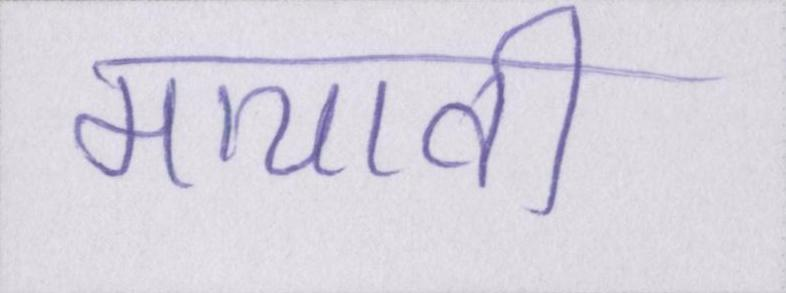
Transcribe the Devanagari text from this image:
मायावी